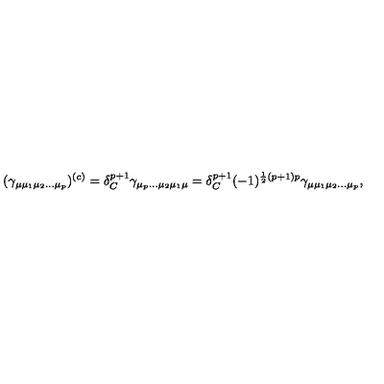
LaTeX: ( \gamma _ { \mu \mu _ { 1 } \mu _ { 2 } \ldots \mu _ { p } } ) ^ { ( c ) } = \delta _ { C } ^ { p + 1 } \gamma _ { \mu _ { p } \ldots \mu _ { 2 } \mu _ { 1 } \mu } = \delta _ { C } ^ { p + 1 } ( - 1 ) ^ { \frac 1 2 ( p + 1 ) p } \gamma _ { \mu \mu _ { 1 } \mu _ { 2 } \ldots \mu _ { p } } ,